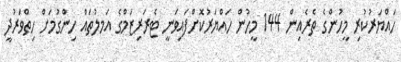
ހައްޔަރުކުރި މީހުންގެ ތެރެއިން 144 މީހުން ހައްޔަރުކޮށްފައިވަނީ ޓެރަރިޒަމްގެ އަަމލުތައް ހިންގުމަށް ހިތްވަރުދީ